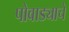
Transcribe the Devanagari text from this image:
पोवाड्याचे